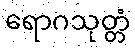
ရောဂသုတ္တံ